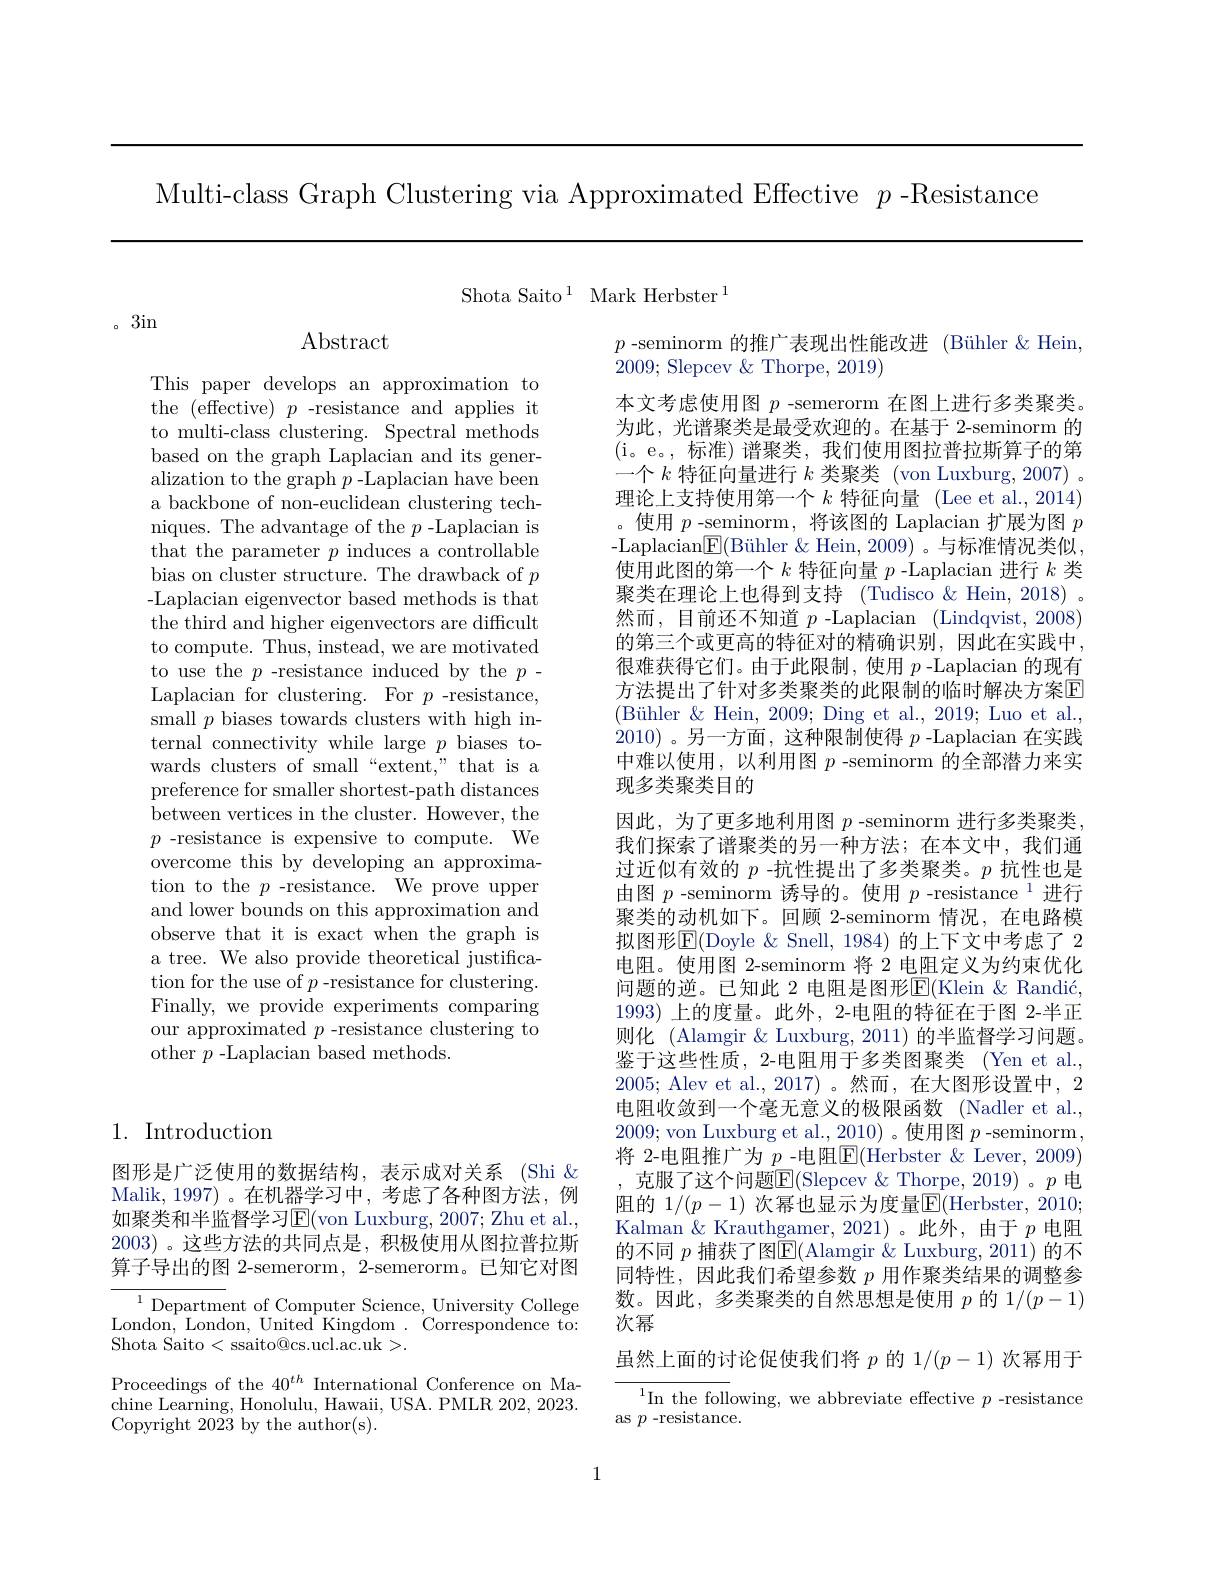
Multi-class Graph Clustering via Approximated Effective $p$ -Resistance

Shota Saito$^1$Mark Herbster$^1$

。3in

## 1. Introduction

图形是广泛使用的数据结构，表示成对关系(Shi& Malik,1997)。在机器学习中，考虑了各种图方法，例如聚类和半监督学习$\operatorname{E}($von Luxburg, 2007; Zhu et al., 2003) 。这些方法的共同点是，积极使用从图拉普拉斯算子导出的图 2-semerorm, 2-semerorm。已知它对图

$^{1}$Department of Computer Science, University College London, London, United Kingdom . Correspondence to: Shota Saito < ssaito@cs.ucl.ac.uk>.
Proceedings of the $40^{th}$ International Conference on Machine Learning, Honolulu, Hawaii, USA. PMLR 202, 2023. Copyright 2023 by the author(s).

Abstract

This paper develops an approximation to the ( effective) $p$-resistance and applies it to multi-class clustering. Spectral methods based on the graph Laplacian and its generalization to the graph $p$ -Laplacian have been a backbone of non-euclidean clustering techniques. The advantage of the $p$ -Laplacian is that the parameter $p$ induces a controllable bias on cluster structure. The drawback of $p$ -Laplacian eigenvector based methods is that the third and higher eigenvectors are difficult to compute. Thus, instead, we are motivated to use the $p$-resistance induced by the $p$- Laplacian for clustering. For $p$-resistance, small $p$ biases towards clusters with high internal connectivity while large $p$ biases towards clusters of small“extent,”that is a preference for smaller shortest-path distances between vertices in the cluster. However, the $p$ -resistance is expensive to compute. We overcome this by developing an approximation to the $p$ -resistance. We prove upper and lower bounds on this approximation and observe that it is exact when the graph is a tree. We also provide theoretical justification for the use of $p$ -resistance for clustering. Finally, we provide experiments comparing our approximated $p$ -resistance clustering to other $p$ -Laplacian based methods.

$p$ -seminorm 的推广表现出性能改进 (Bühler &Hein,
2009; Slepcev & Thorpe, 2019)
本文考虑使用图$p$ -semerorm 在图上进行多类聚类。为此，光谱聚类是最受欢迎的。在基于 2-seminorm 的(i。e。,标准)谱聚类，我们使用图拉普拉斯算子的第一个$k$特征向量进行$k$类聚类 (von Luxburg, 2007) 。理论上支持使用第一个$k$特征向量 (Lee et al.,2014)
使用$p$ -seminorm , 将该图的 Laplacian 扩展为图$p$ -Laplacian$\underline{\mathrm{E}}($Bühler &Hein, 2009)。与标准情况类似， 使用此图的第一个$k$特征向量$p$ -Laplacian 进行$k$类聚类在理论上也得到支持(Tudisco&Hein,2018)。然而，目前还不知道$p$ -Laplacian (Lindqvist, 2008) 的第三个或更高的特征对的精确识别，因此在实践中很难获得它们。由于此限制，使用$p$ -Laplacian 的现有方法提出了针对多类聚类的此限制的临时解决方案E (Bühler & Hein, 2009; Ding et al., 2019; Luo et al. 2010)。另一方面，这种限制使得$p$ -Laplacian 在实践中难以使用，以利用图$p$ -seminorm 的全部潜力来实现多类聚类目的
因此，为了更多地利用图$p$ -seminorm 进行多类聚类我们探索了谱聚类的另一种方法；在本文中，我们通过近似有效的$p$ -抗性提出了多类聚类。$p$抗性也是由图 $p$ -seminorm 诱导的。使用 $p\text{-resistance}^1$进行聚类的动机如下。回顾 2-seminorm 情况，在电路模拟图形$\operatorname{E}($Doyle & Snell, 1984) 的上下文中考虑了 2电阻。使用图 2-seminorm 将 2 电阻定义为约束优化问题的逆。已知此 2 电阻是图形E(Klein &Randić, 1993)上的度量。此外，2-电阻的特征在于图 2-半正则化 (Alamgir & Luxburg, 2011) 的半监督学习问题。鉴于这些性质，2-电阻用于多类图聚类(Yen et al., 2005; Alev et al.,2017)。然而，在大图形设置中，2电阻收敛到一个毫无意义的极限函数(Nadler et al., 2009; von Luxburg et al., 2010) 。使用图$p$ -seminorm, 将 2-电阻推广为 $p$ -电阻$\overline{\mathrm{E}}($Herbster &Lever, 2009) 克服了这个问题E( Slepcev $\&$ Thorpe, 2019) 。$p$ 电阻的 $1/(p-1)$ 次幂也显示为度量$\overline{\mathbb{F}}($Herbster, 2010; Kalman & Krauthgamer, 2021)。此外，由于$p$电阻的不同 $p$ 捕获了图$\mathbb{E}($Alamgir &Luxburg, 2011) 的不同特性，因此我们希望参数$p$用作聚类结果的调整参数。因此，多类聚类的自然思想是使用$p$的$1/(p-1)$ 次幂
虽然上面的讨论促使我们将$p$的 1$/(p-1)$次幂用于
${^{1}\mathrm{In~the~foll}}$owing, we abbreviate effective $p$ -resistance

$\operatorname{as}p$ -resistance.

1